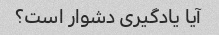
آیا یادگیری دشوار است؟